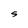
Character: S